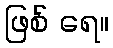
ဖြစ် ရေ။